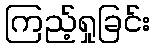
ကြည့်ရှုခြင်း